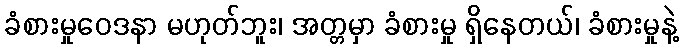
ခံစားမှုဝေဒနာ မဟုတ်ဘူး၊ အတ္တမှာ ခံစားမှု ရှိနေတယ်၊ ခံစားမှုနဲ့